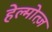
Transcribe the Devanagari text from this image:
हेल्मोत्ज़